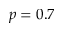
p = 0 . 7